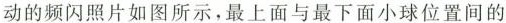
动的频闪照片如图所示，最上面与最下面小球位置间的